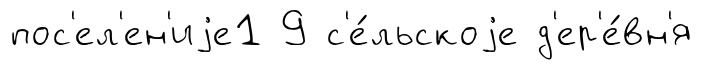
пос'ел'ен'иjе1 9 с'е́льскоjе д'ер'е́вн'я